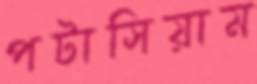
পটাসিয়াম